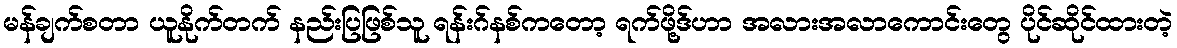
မန်ချက်စတာ ယူနိုက်တက် နည်းပြဖြစ်သူ ရန်းဂ်နစ်ကတော့ ရက်ဖို့ဒ်ဟာ အလားအလာကောင်းတွေ ပိုင်ဆိုင်ထားတဲ့